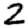
Digit: 2